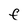
Character: F